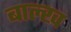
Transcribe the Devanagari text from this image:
बाल्ख